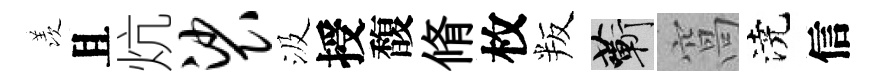
羡且炕裟汲授馥脩枚叛蔪窩澆信